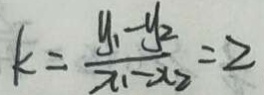
k = \frac { y _ { 1 } - y _ { 2 } } { x _ { 1 } - x _ { 2 } } = 2